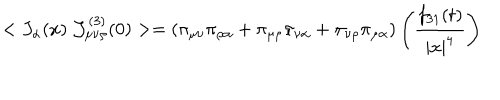
LaTeX: < J _ { \alpha } ( x ) ~ { \cal J } _ { \mu \nu \rho } ^ { ( 3 ) } ( 0 ) > = ( \pi _ { \mu \nu } \pi _ { \rho \alpha } + \pi _ { \mu \rho } \pi _ { \nu \alpha } + \pi _ { \nu \rho } \pi _ { \mu \alpha } ) \left( \frac { f _ { 3 1 } ( t ) } { | x | ^ { 4 } } \right)